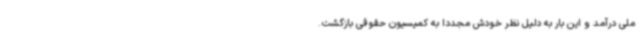
ملی درآمد و این بار به دلیل نظر خودش مجددا به کمیسیون حقوقی بازگشت.